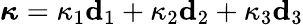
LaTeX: \boldsymbol{\kappa}=\kappa_{1}\mathbf{d}_{1}+\kappa_{2}\mathbf{d}_{2}+\kappa_{3}\mathbf{d}_{3}